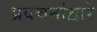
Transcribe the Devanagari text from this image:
प्रवचनांद्वारे